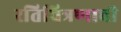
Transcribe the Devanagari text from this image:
रतिचित्रणाची